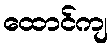
ထောင်ကျ